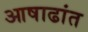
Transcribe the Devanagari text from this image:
आषाढांत